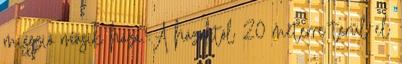
misszió másik háza. A házaktól 20 méterre terül el